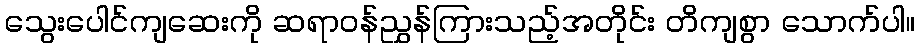
သွေးပေါင်ကျဆေးကို ဆရာဝန်ညွှန်ကြားသည့်အတိုင်း တိကျစွာ သောက်ပါ။